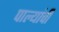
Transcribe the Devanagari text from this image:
पाल्यांची